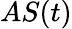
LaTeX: AS(t)